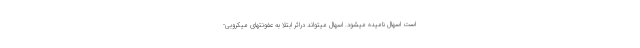
است اسهال نامیده میشود. اسهال میتواند دراثر ابتلا به عفونتهای میکروبی-